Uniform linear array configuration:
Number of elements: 16
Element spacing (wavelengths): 0.5
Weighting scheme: cosine
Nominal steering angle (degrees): -45
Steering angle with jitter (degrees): -44.127
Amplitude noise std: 0.05
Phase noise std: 0.05

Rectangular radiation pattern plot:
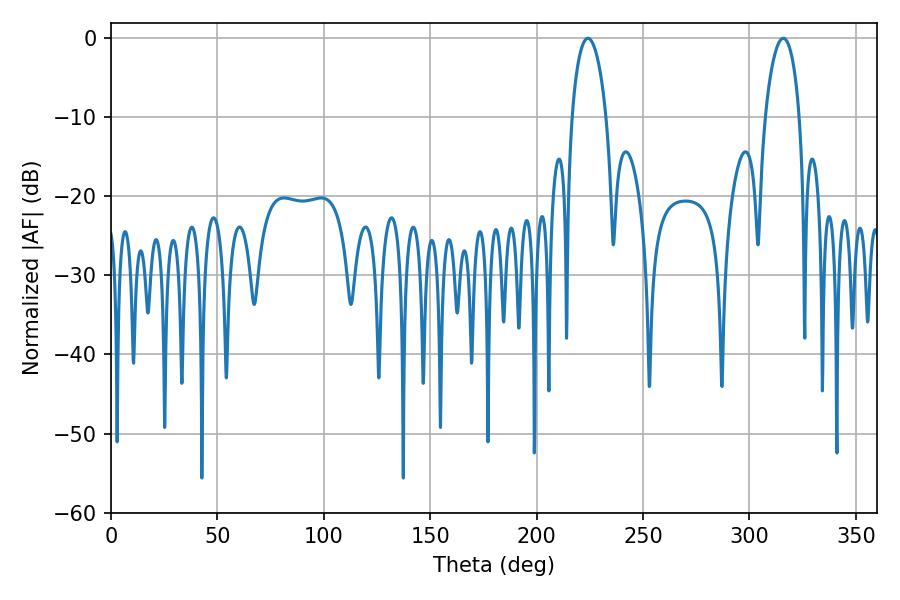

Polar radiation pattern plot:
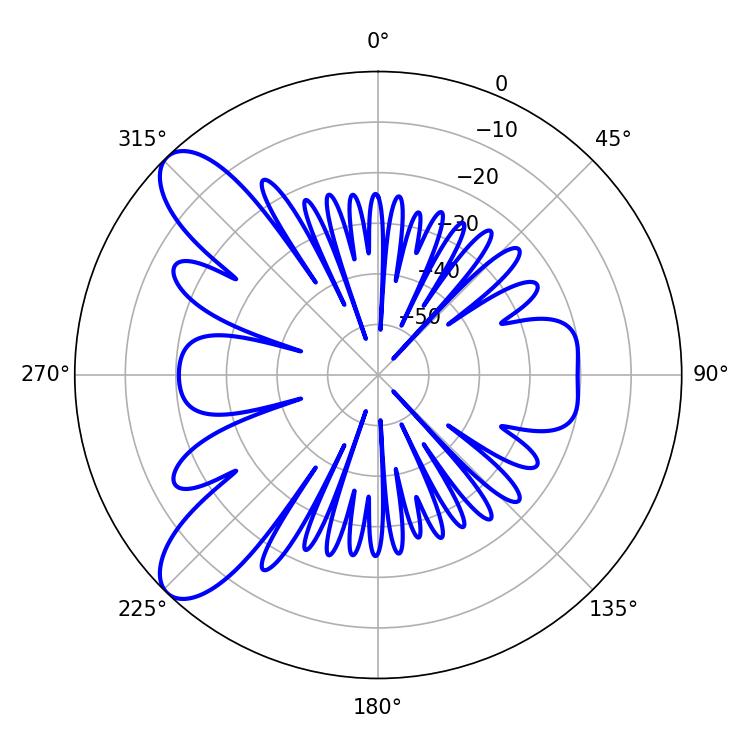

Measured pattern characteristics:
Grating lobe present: FALSE
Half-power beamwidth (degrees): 9.36
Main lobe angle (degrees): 224.1